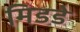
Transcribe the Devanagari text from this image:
मिडडे